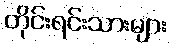
တိုင်းရင်းသားများ